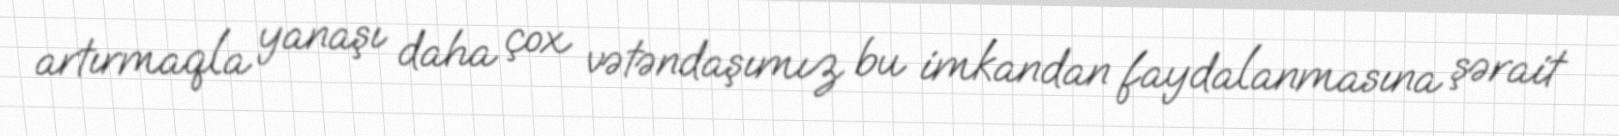
artırmaqla yanaşı daha çox vətəndaşımız bu imkandan faydalanmasına şərait